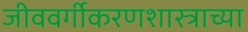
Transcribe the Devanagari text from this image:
जीववर्गीकरणशास्त्राच्या